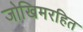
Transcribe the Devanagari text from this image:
जोखिमरहित